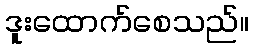
ဒူးထောက်စေသည်။